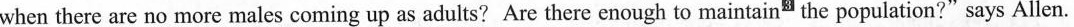
when there are no more males coming up as adults? Are there enough to maintain"the population?" says Allen.